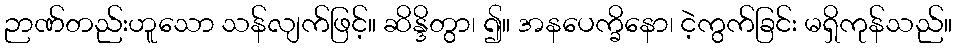
ဉာဏ်တည်းဟူသော သန်လျက်ဖြင့်။ ဆိန္ဒိတွာ၊ ၍။ အနပေက္ခိနော၊ ငဲ့ကွက်ခြင်း မရှိကုန်သည်။